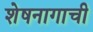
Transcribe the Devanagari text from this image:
शेषनागाची